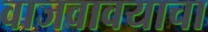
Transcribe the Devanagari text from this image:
वाजवावयाचा